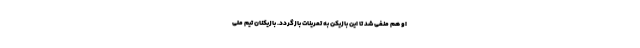
او هم منفی شد تا این بازیکن به تمرینات بازگردد. بازیکنان تیم ملی